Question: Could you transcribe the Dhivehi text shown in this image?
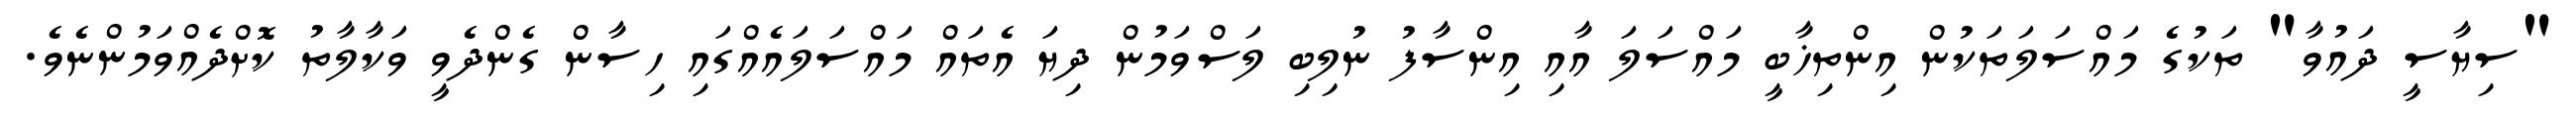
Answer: "ސިޔާސީ ދައުވާ" ތަކުގެ މައްސަލަތަކުން އިންތިޚާބީ މައްސަލަ އާއި އިންސާފު ނުލިބި ލަސްވަމުން ދިޔަ އެތައް މައްސަލައެއްގައި ހިސާން ގެންދެވީ ވަކާލާތު ކޮށްދެއްވަމުންނެވެ.